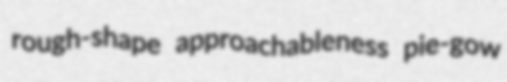
rough-shape approachableness pie-gow